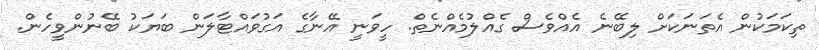
ތިކަމަކުން އެތަނަކަށް ލިބޭނެ އެއްވެސް ގެއްލުމެއްނެތް. ހީވަނީ އޭނާގެ އަގުވައްޓާލަން ބަޔަކު ބޭނުންވީހެން.